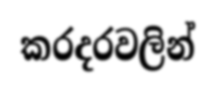
කරදරවලින්